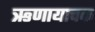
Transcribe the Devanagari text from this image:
ऋणायाचक